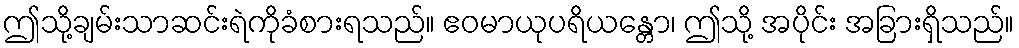
ဤသို့ချမ်းသာဆင်းရဲကိုခံစားရသည်။ ဧဝမာယုပရိယန္တော၊ ဤသို့ အပိုင်း အခြားရှိသည်။